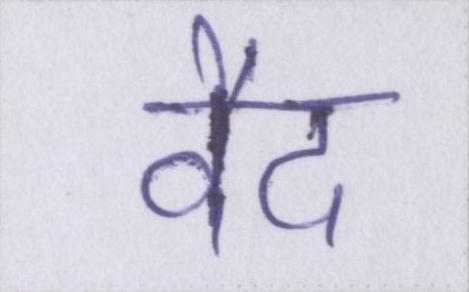
वैद